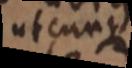
utcunque